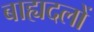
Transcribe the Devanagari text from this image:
बाह्यदलों